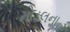
મોડલના